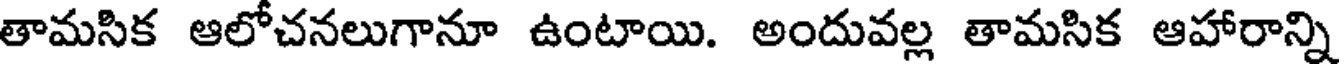
తామసిక ఆలోచనలుగానూ ఉంటాయి. అందువల్ల తామసిక ఆహారాన్ని